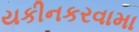
યકીનકરવામા